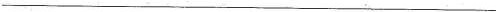
___